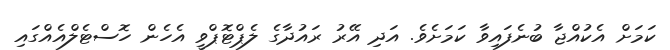
ކަމަށް އެކުއްޖާ ބުނެފައިވާ ކަމަށެވެ. އަދި އޭރު ރައުދާގެ ލެޕްޓޮޕްވީ އެހެން ހޮސްޓެލްއެއްގައި